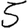
Digit: 5